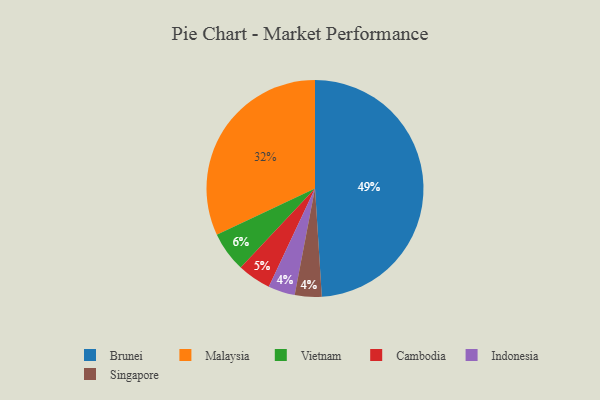
{"axis": {"x": "Category", "y": "Percentage"}, "legend": ["Brunei", "Cambodia", "Indonesia", "Malaysia", "Singapore", "Vietnam"], "data": [{"x": "Vietnam", "y": 6, "type": "Vietnam"}, {"x": "Cambodia", "y": 5, "type": "Cambodia"}, {"x": "Brunei", "y": 49, "type": "Brunei"}, {"x": "Malaysia", "y": 32, "type": "Malaysia"}, {"x": "Indonesia", "y": 4, "type": "Indonesia"}, {"x": "Singapore", "y": 4, "type": "Singapore"}]}